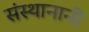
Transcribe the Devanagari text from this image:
संस्थानानी